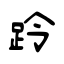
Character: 跉